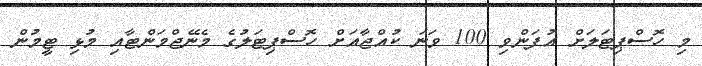
މި ހޮސްޕިޓަލަށް އުފަންވި 100 ވަނަ ކުއްޖާއަށް ހޮސްޕިޓަލުގެ މެނޭޖްމަންޓާއި މުޅި ޓީމުން